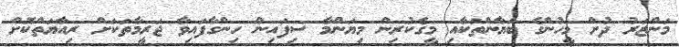
މަންޒަރު ދުށް މީހުންގެ ބަޔާންތަކާއި މީގެކުރިން މިޔަންމާ ސިފައިން ހިންގާފައިވާ ޖަރީމާތަކަށް ރިއާޔަތްކޮށް